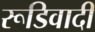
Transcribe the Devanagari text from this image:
रूडिवादी